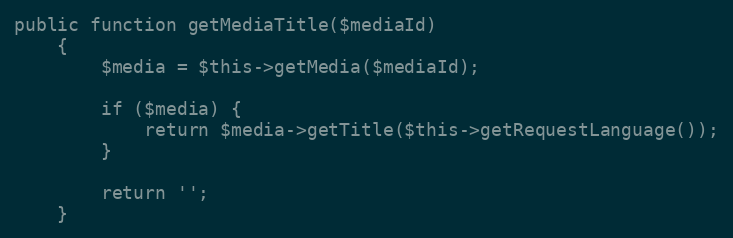
Language: PHP
public function getMediaTitle($mediaId)
    {
        $media = $this->getMedia($mediaId);

        if ($media) {
            return $media->getTitle($this->getRequestLanguage());
        }

        return '';
    }